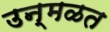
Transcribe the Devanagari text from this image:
उन्मळत